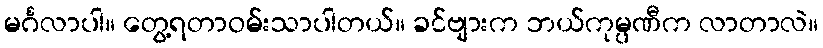
မင်္ဂလာပါ။ တွေ့ရတာဝမ်းသာပါတယ်။ ခင်ဗျားက ဘယ်ကုမ္ပဏီက လာတာလဲ။